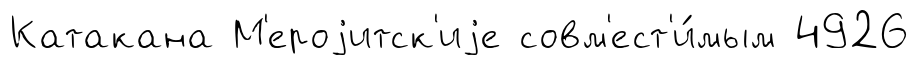
Катакана М'ероjитск'иjе совм'ест'и́мым 4926